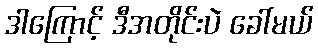
ဒါကြောင့် ဒီအတိုင်းပဲ ခေါ်မယ်